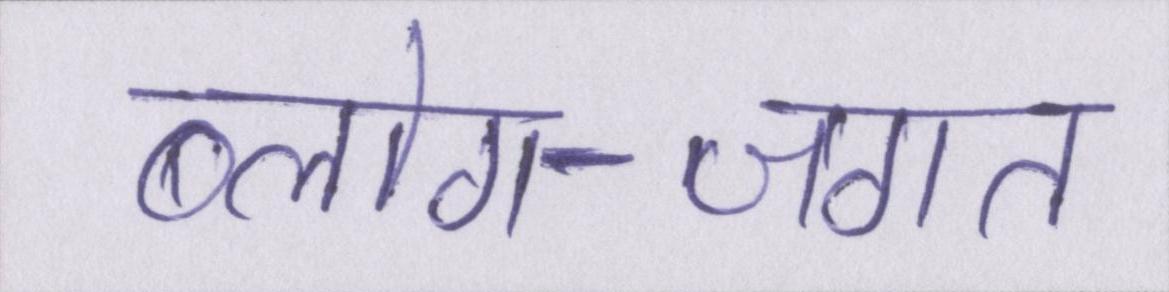
ब्लोग-जगत